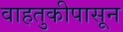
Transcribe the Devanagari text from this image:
वाहतुकीपासून